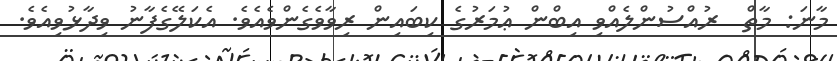
މާނަ: މާތް  ރުއްސުންލެއްވި އިބްން ޢުމަރުގެ ކިބައިން ރިވާވެގެންވެއެވެ. އެކަލޭގެފާނު ވިދާޅުވިއެވެ.